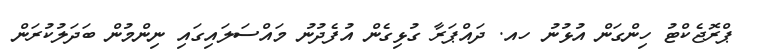
ޕްރޮޖެކްޓު ހިންގަން އުޅުނު ހއ. ދައްޕަރާ ގުޅިގެން އުފެދުނު މައްސަލައިގައި ނިންމުން ބަދަލުކުރަން